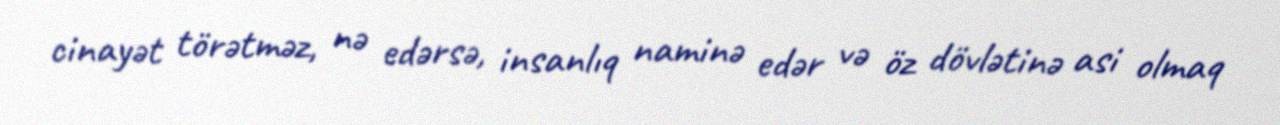
cinayət törətməz, nə edərsə, insanlıq naminə edər və öz dövlətinə asi olmaq